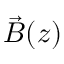
\vec { B } ( z )